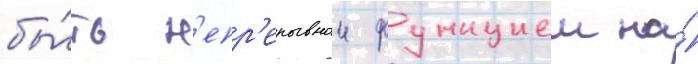
бы́ть н'епр'ерывнои функциеи на́